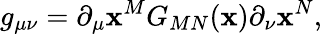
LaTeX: g_{\mu\nu}=\partial_{\mu}\mathbf{x}^{M}G_{MN}(\mathbf{x})\partial_{\nu}\mathbf{x}^{N},